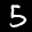
Label: 5